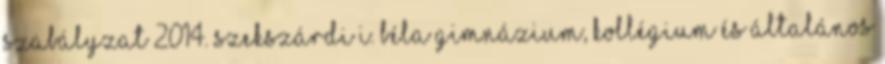
SZABÁLYZAT 2014. SZEKSZÁRDI I. BÉLA GIMNÁZIUM, KOLLÉGIUM ÉS ÁLTALÁNOS